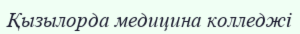
Қызылорда медицина колледжі